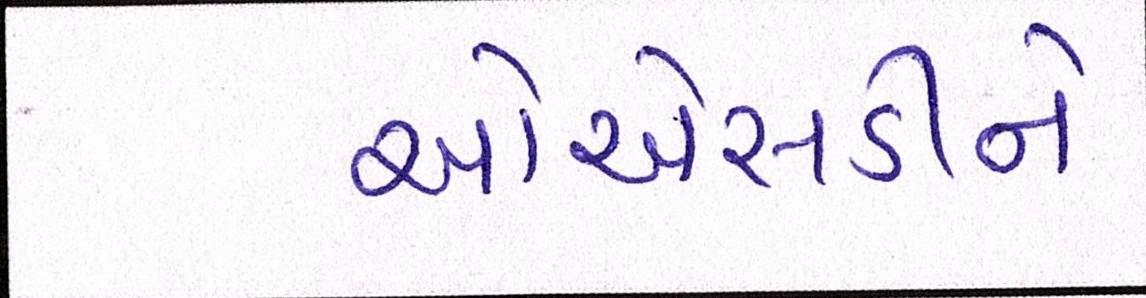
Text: ઓએસડીને